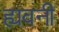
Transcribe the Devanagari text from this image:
ह्यवनी